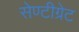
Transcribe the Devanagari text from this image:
सेण्टीग्रेट